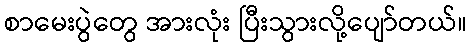
စာမေးပွဲတွေ အားလုံး ပြီးသွားလို့ပျော်တယ်။